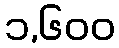
၁,၆၀၀